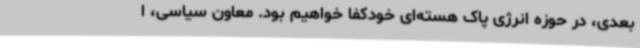
بعدی، در حوزه انرژی پاک هسته‌ای خودکفا خواهیم بود. معاون سیاسی، ا